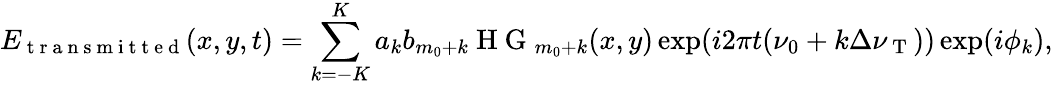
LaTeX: E_{\mathrm{~t~r~a~n~s~m~i~t~t~e~d~}}(x,y,t)=\sum_{k=-K}^{K}a_{k}b_{m_{0}+k}\mathrm{~H~G~}_{m_{0}+k}(x,y)\exp(i2\pi t(\nu_{0}+k\Delta\nu_{\mathrm{~T~}}))\exp(i\phi_{k}),